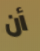
أن